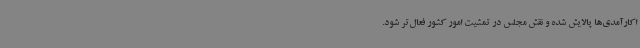
اکارآمدی‌ها پالایش شده و نقش مجلس در تمشیت امور کشور فعال‌تر شود.